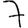
Digit: 7